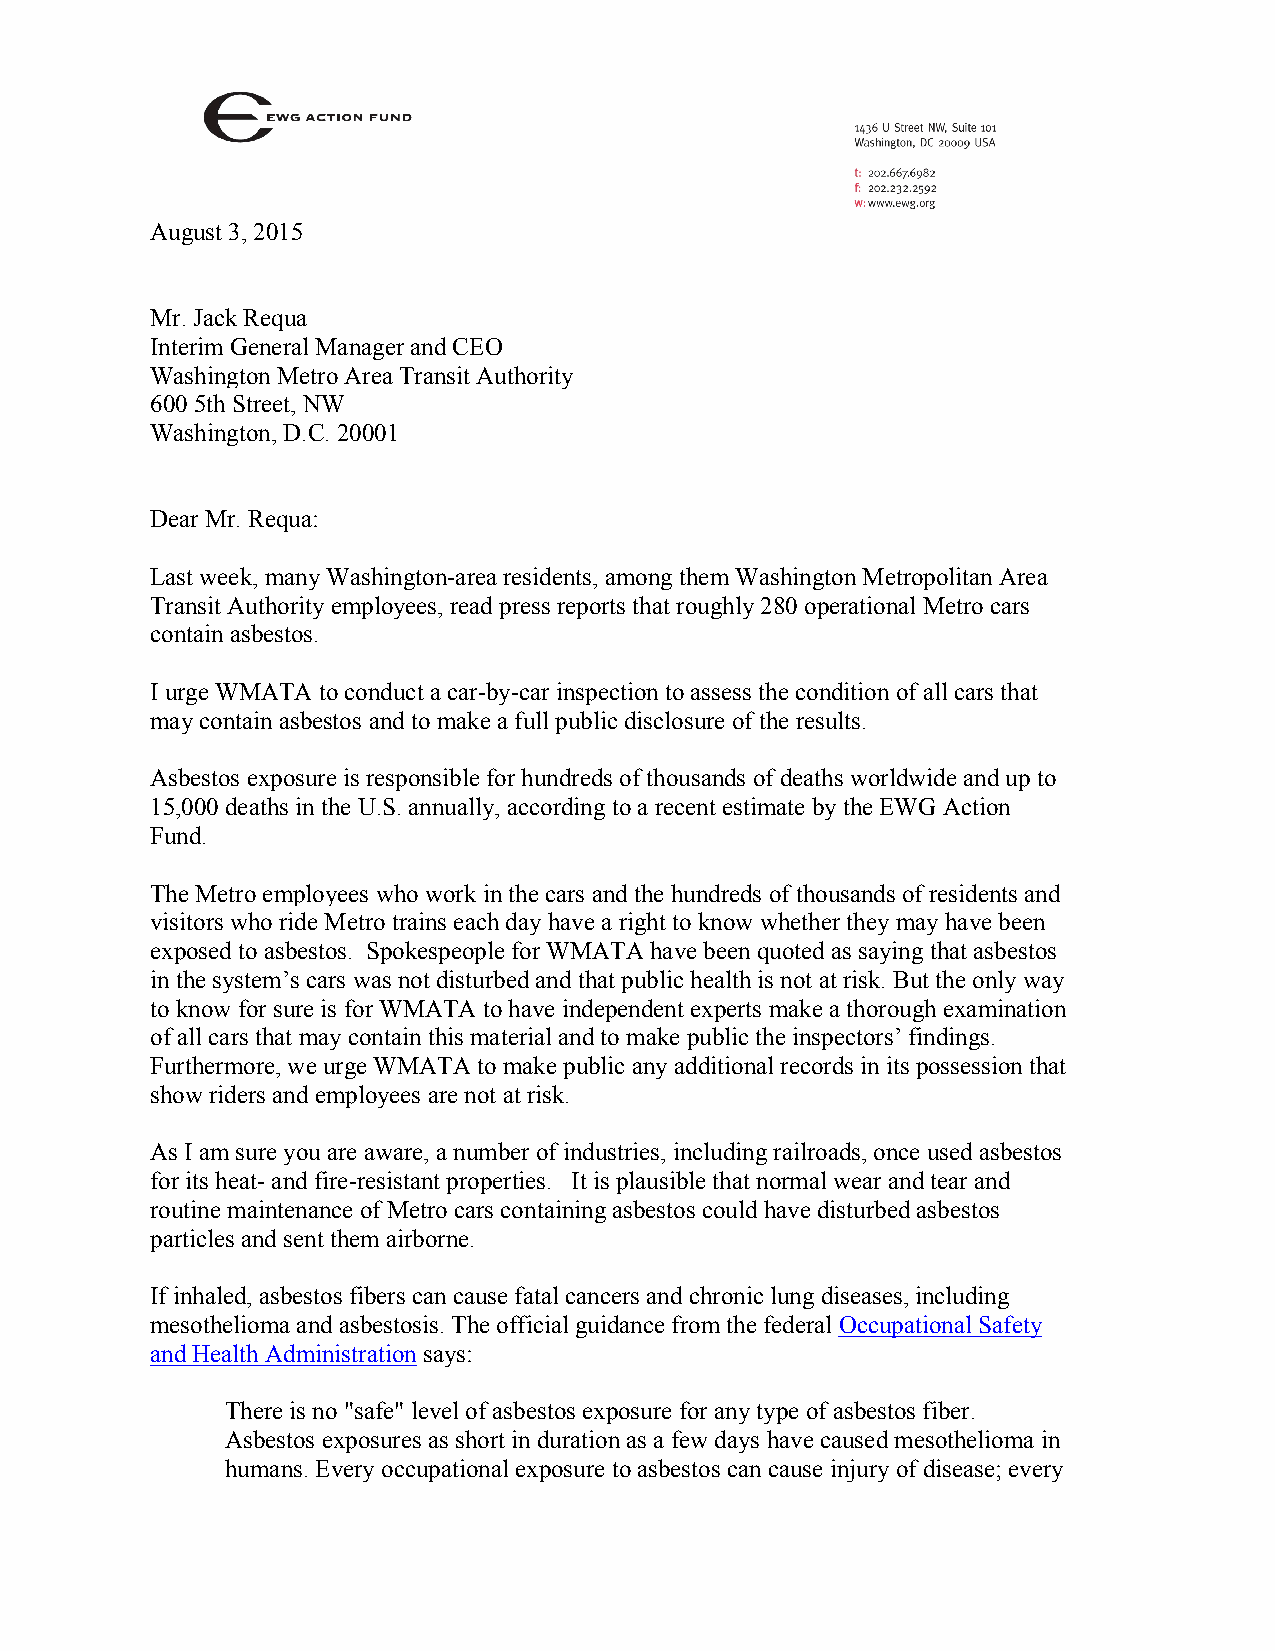
August 3, 2015
 Mr. Jack Requa
 Interim General Manager and CEO
 Washington Metro Area Transit Authority
 600 5th Street, NW
 Washington, D.C. 20001
 Dear Mr. Requa:
 Last week, many Washington-area residents, among them Washington Metropolitan Area
 Transit Authority employees, read press reports that roughly 280 operational Metro cars
 contain asbestos.
 I urge WMATA to conduct a car-by-car inspection to assess the condition of all cars that
 may contain asbestos and to make a full public disclosure of the results.
 Asbestos exposure is responsible for hundreds of thousands of deaths worldwide and up to
 15,000 deaths in the U.S. annually, according to a recent estimate by the EWG Action
 Fund.
 The Metro employees who work in the cars and the hundreds of thousands of residents and
 visitors who ride Metro trains each day have a right to know whether they may have been
 exposed to asbestos. Spokespeople for WMATA have been quoted as saying that asbestos
 in the system’s cars was not disturbed and that public health is not at risk. But the only way
 to know for sure is for WMATA to have independent experts make a thorough examination
 of all cars that may contain this material and to make public the inspectors’ findings.
 Furthermore, we urge WMATA to make public any additional records in its possession that
 show riders and employees are not at risk.
 As I am sure you are aware, a number of industries, including railroads, once used asbestos
 for its heat- and fire-resistant properties. It is plausible that normal wear and tear and
 routine maintenance of Metro cars containing asbestos could have disturbed asbestos
 particles and sent them airborne.
 If inhaled, asbestos fibers can cause fatal cancers and chronic lung diseases, including
 mesothelioma and asbestosis. The official guidance from the federal Occupational Safety
 and Health Administration says:
 There is no "safe" level of asbestos exposure for any type of asbestos fiber.
 Asbestos exposures as short in duration as a few days have caused mesothelioma in
 humans. Every occupational exposure to asbestos can cause injury of disease; every